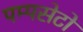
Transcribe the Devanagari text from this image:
पम्पसेटों